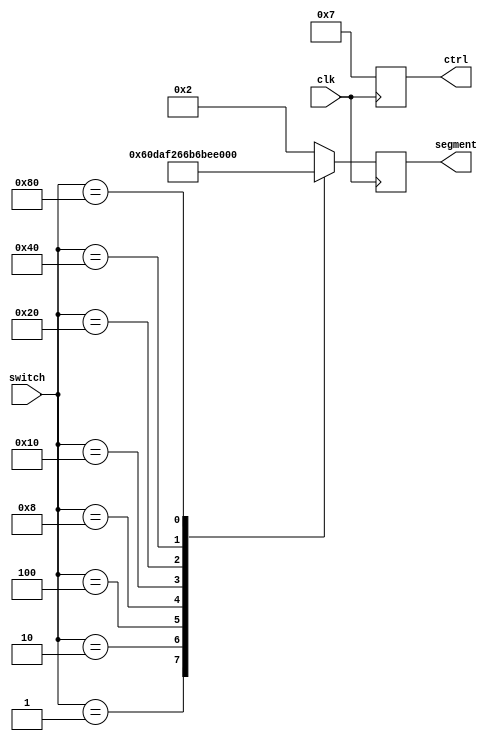
module dipSwitch (
        input clk, 
        input [7:0] switch,
        output reg [3:0] ctrl,
	output reg [7:0] segment
);
  
always @(posedge clk) begin
  ctrl = 4'b0111;    //7-segment control (cathode)
	case (switch)
		8'b00000001: segment = 8'b01100000;  //1
		8'b00000010: segment = 8'b11011010;  //2
		8'b00000100: segment = 8'b11110010;  //3
		8'b00001000: segment = 8'b01100110;  //4
		8'b00010000: segment = 8'b10110110;  //5
		8'b00100000: segment = 8'b10111110;  //6
		8'b01000000: segment = 8'b11100000;  //7
		8'b10000000: segment = 8'b11111110;  //8
		default: segment = 8'b00000010;      //-
	endcase
end
  
endmodule